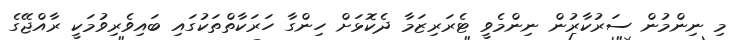
މި ނިންމުން ސަރުކާރުން ނިންމެވީ ޓެރަރިޒަމާ ދެކޮޅަށް ހިންގާ ހަރަކާތްތަކުގައި ބައިވެރިވުމަކީ ރާއްޖޭގެ